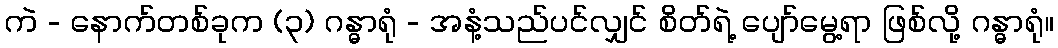
ကဲ - နောက်တစ်ခုက (၃) ဂန္ဓာရုံ - အနံ့သည်ပင်လျှင် စိတ်ရဲ့ ပျော်မွေ့ရာ ဖြစ်လို့ ဂန္ဓာရုံ။